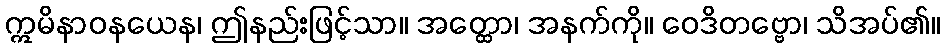
ဣမိနာဝနယေန၊ ဤနည်းဖြင့်သာ။ အတ္ထော၊ အနက်ကို။ ဝေဒိတဗ္ဗော၊ သိအပ်၏။